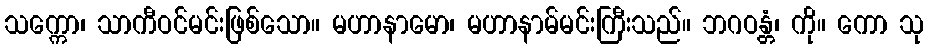
သက္ကော၊ သာကီဝင်မင်းဖြစ်သော။ မဟာနာမော၊ မဟာနာမ်မင်းကြီးသည်။ ဘဂဝန္တံ၊ ကို။ ကော သု